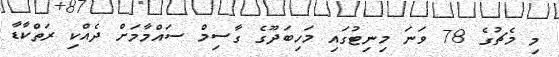
މި މެޗުގެ 78 ވަނަ މިނިޓުގައި މަހިބަދޫގެ ގާސިމް ސައްމާމަށް ދެއްކި ރަތްކާޑާ